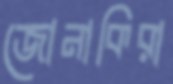
জোনাকিরা